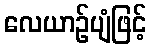
လေယာဉ်ပျံဖြင့်